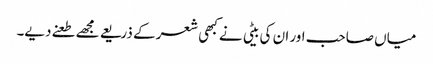
میاں صاحب اور ان کی بیٹی نے کبھی شعر کے ذریعے مجھے طعنے دیے۔